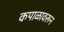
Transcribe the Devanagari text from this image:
कपाळावरून